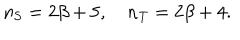
LaTeX: n _ { \mathrm { S } } = 2 \beta + 5 , \quad n _ { \mathrm { T } } = 2 \beta + 4 .